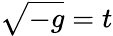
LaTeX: \sqrt{-g}=t